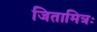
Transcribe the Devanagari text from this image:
जितामित्रः